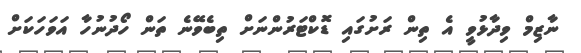
ނާޒިމް ވިދާޅުވީ އެ ތިން ރަށުގައި ޑޮކްޓަރުންނަށް ތިބެވޭނެ ތަން ހޯދުނުހާ އަވަހަކަށް